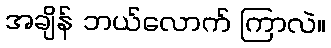
အချိန် ဘယ်လောက် ကြာလဲ။